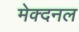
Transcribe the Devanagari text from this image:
मेक्दनल